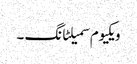
ویکیوم سمیلٹانگ ۔